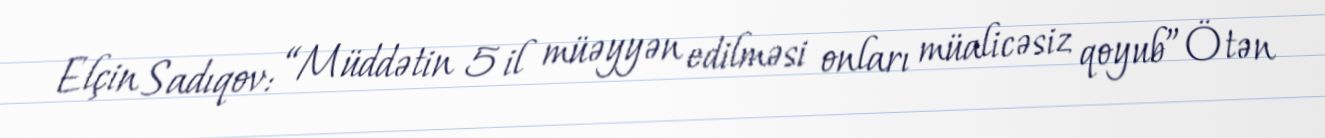
Elçin Sadıqov: “Müddətin 5 il müəyyən edilməsi onları müalicəsiz qoyub”Ötən